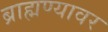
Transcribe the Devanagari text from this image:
ब्राह्मण्यावर